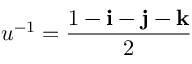
u ^ { - 1 } = { \frac { 1 - \mathbf { i } - \mathbf { j } - \mathbf { k } } { 2 } }